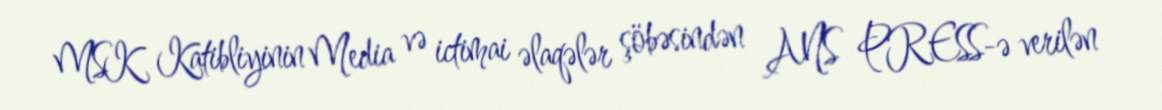
MSK Katibliyinin Media və ictimai əlaqələr şöbəsindən ANS PRESS-ə verilən